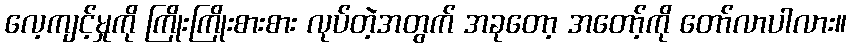
လေ့ကျင့်မှုကို ကြိုးကြိုးစားစား လုပ်တဲ့အတွက် အခုတော့ အတော့်ကို တော်လာပါလား။